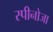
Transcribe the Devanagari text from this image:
स्पीनोजा